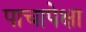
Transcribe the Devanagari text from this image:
पाचापेक्षा